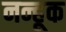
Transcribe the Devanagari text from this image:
नन्हूक